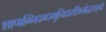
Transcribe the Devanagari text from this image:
शापाग्निदग्धमुनिदारशिलोद्धराङ्घ्रेः